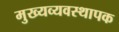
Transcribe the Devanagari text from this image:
मुख्यव्यवस्थापक